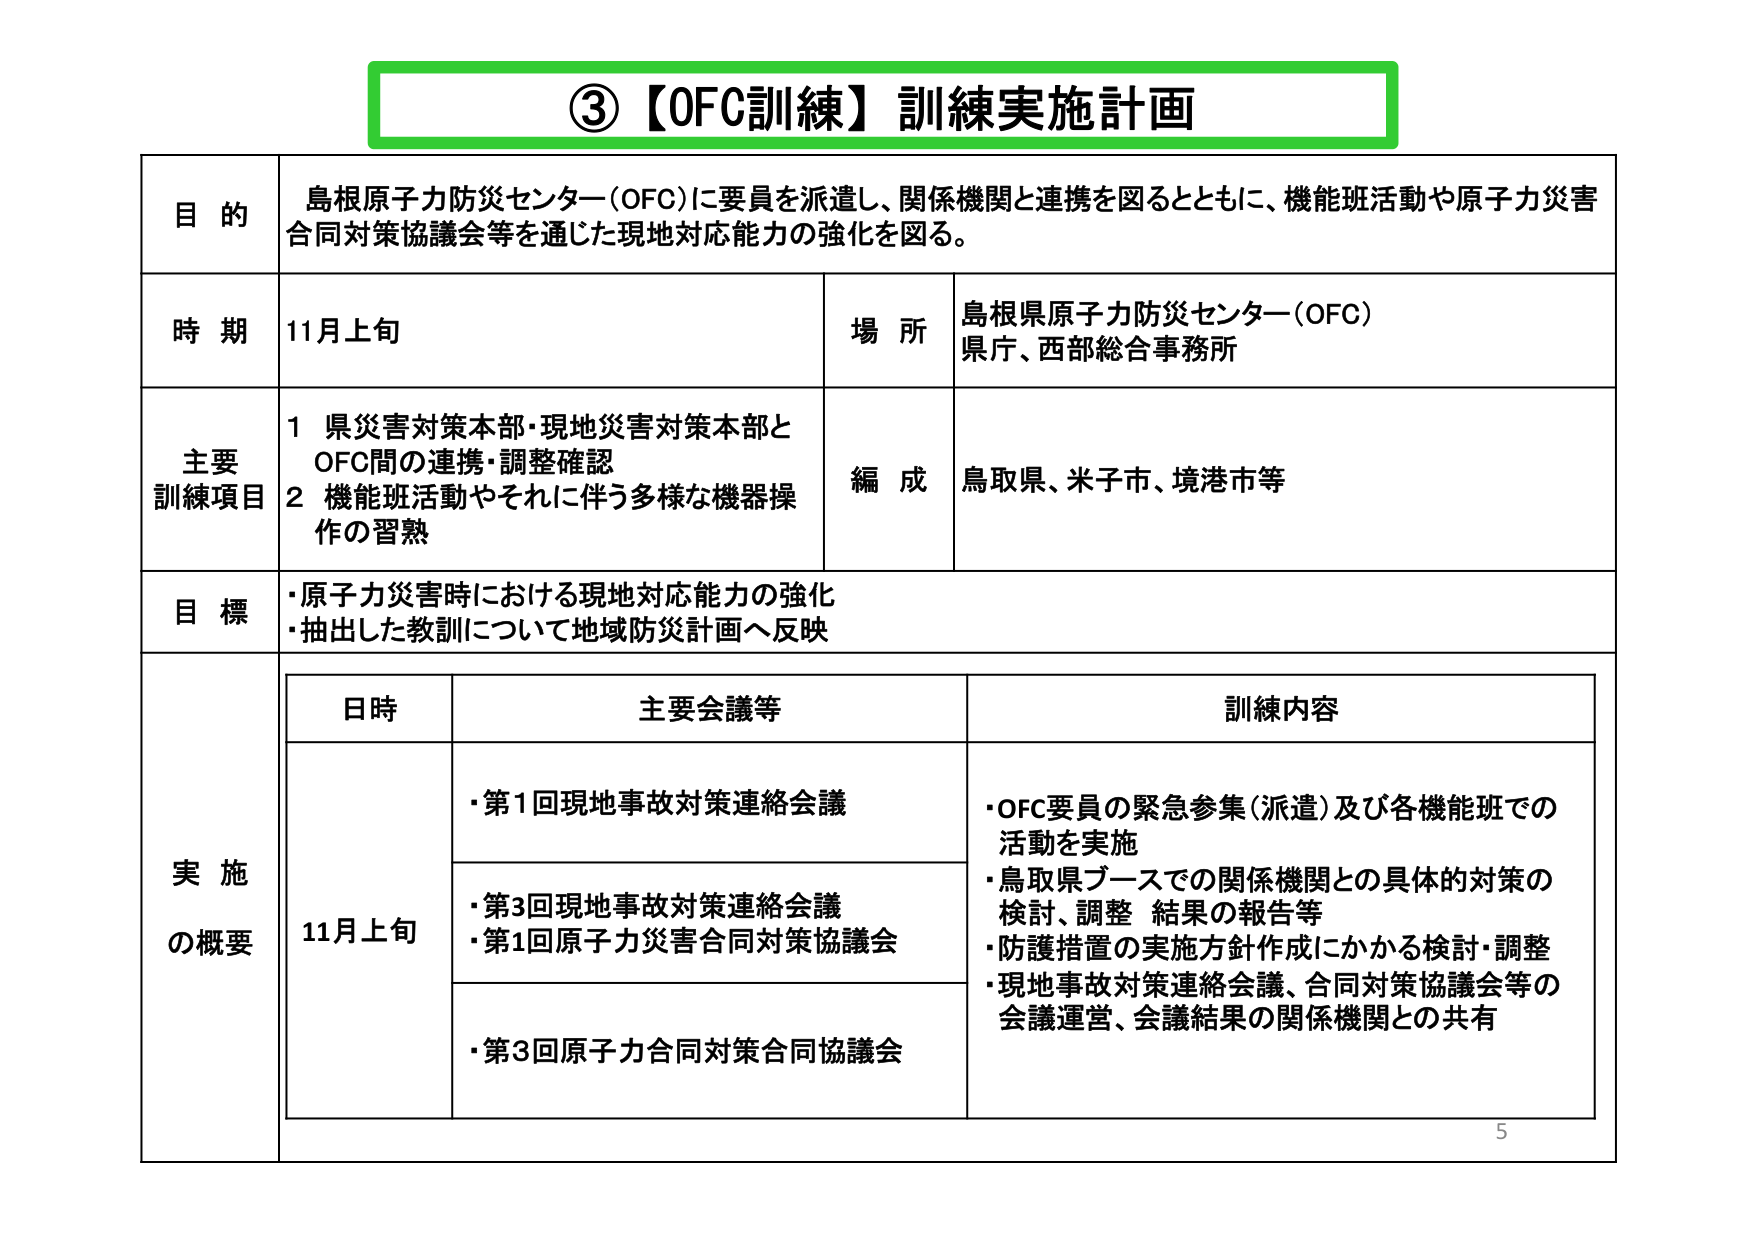
③【OFC訓練】訓練実施計画

目的
島根原子力防災センター（OFC）に要員を派遣し、関係機関と連携を図るとともに、機能班活動や原子力災害合同対策協議会等を通じた現地対応能力の強化を図る。

時期
11月上旬

場所
島根県原子力防災センター（OFC）
県庁、西部総合事務所

主要訓練項目
1 県災害対策本部・現地災害対策本部とOFC間の連携・調整確認
2 機能班活動やそれに伴う多様な機器操作の習熟

編成
鳥取県、米子市、境港市等

目標
・原子力災害時における現地対応能力の強化
・抽出した教訓について地域防災計画へ反映

実施の概要

日時
11月上旬

主要会議等
・第1回現地事故対策連絡会議
・第3回現地事故対策連絡会議
・第1回原子力災害合同対策協議会
・第3回原子力合同対策合同協議会

訓練内容
・OFC要員の緊急参集（派遣）及び各機能班での活動を実施
・鳥取県ブースでの関係機関との具体的対策の検討、調整 結果の報告等
・防護措置の実施方針作成にかかる検討・調整
・現地事故対策連絡会議、合同対策協議会等の会議運営、会議結果の関係機関との共有

5